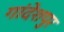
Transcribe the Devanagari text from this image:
गांदेशपुर